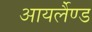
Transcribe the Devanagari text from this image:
आयर्लैण्ड